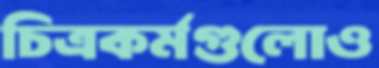
চিত্রকর্মগুলোও